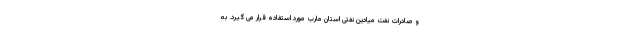
و صادرات نفت میادین نفتی استان مارب مورد استفاده قرار می گیرد. به